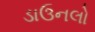
ડાઉનલો